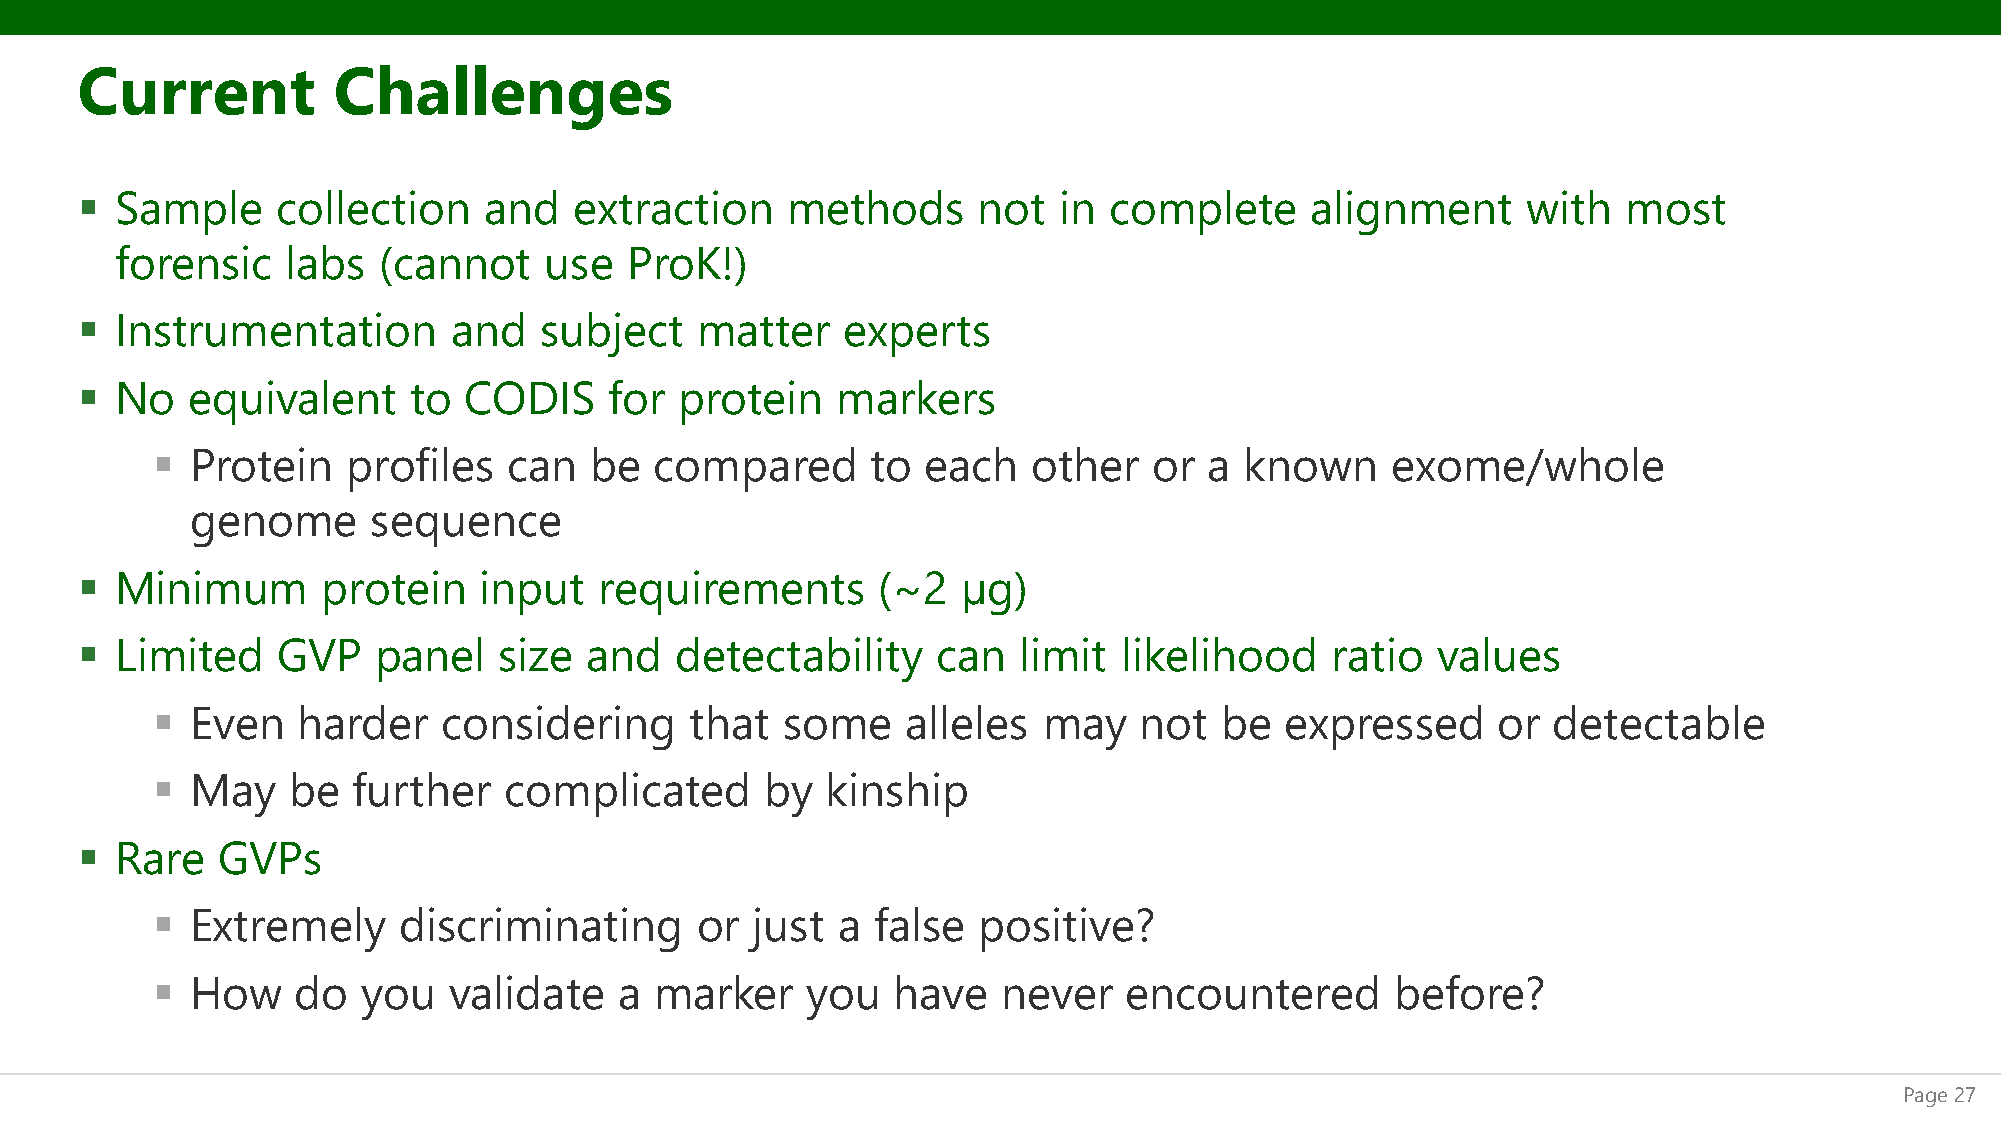
Current          Challenges
 ▪  Sample    collection    and   extraction    methods      not  in complete      alignment     with   most
 forensic   labs  (cannot    use   ProK!)
 ▪  Instrumentation       and   subject   matter    experts
 ▪  No  equivalent     to  CODIS    for  protein   markers
 ▪  Protein   profiles   can  be  compared       to each   other   or  a known     exome/whole
 genome     sequence
 ▪  Minimum      protein    input   requirements      (~2   µg)
 ▪  Limited   GVP    panel   size  and   detectability    can  limit  likelihood    ratio  values
 ▪  Even   harder   considering      that  some    alleles  may   not   be  expressed     or  detectable
 ▪  May   be  further   complicated       by  kinship
 ▪  Rare  GVPs
 ▪  Extremely    discriminating      or  just a  false  positive?
 ▪  How    do  you   validate   a marker    you   have   never   encountered       before?
 Page 27